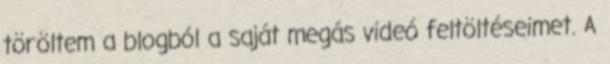
töröltem a blogból a saját megás videó feltöltéseimet. A